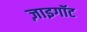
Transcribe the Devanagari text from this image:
ज़ाइगॉट